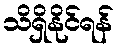
သိရှိနိုင်ရန်